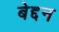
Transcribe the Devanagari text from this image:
बेद्दन